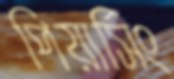
পিয়ার্সিং